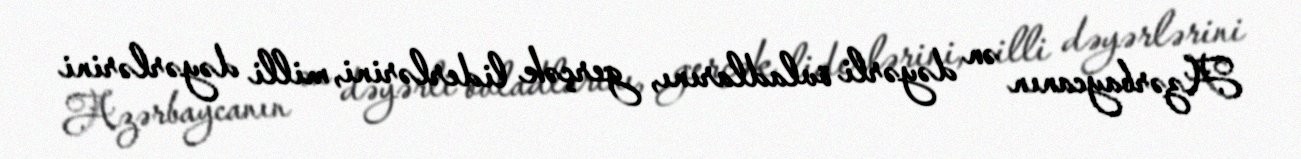
Azərbaycanın ən dəyərli övladlarını, gerçək liderlərini, milli dəyərlərini